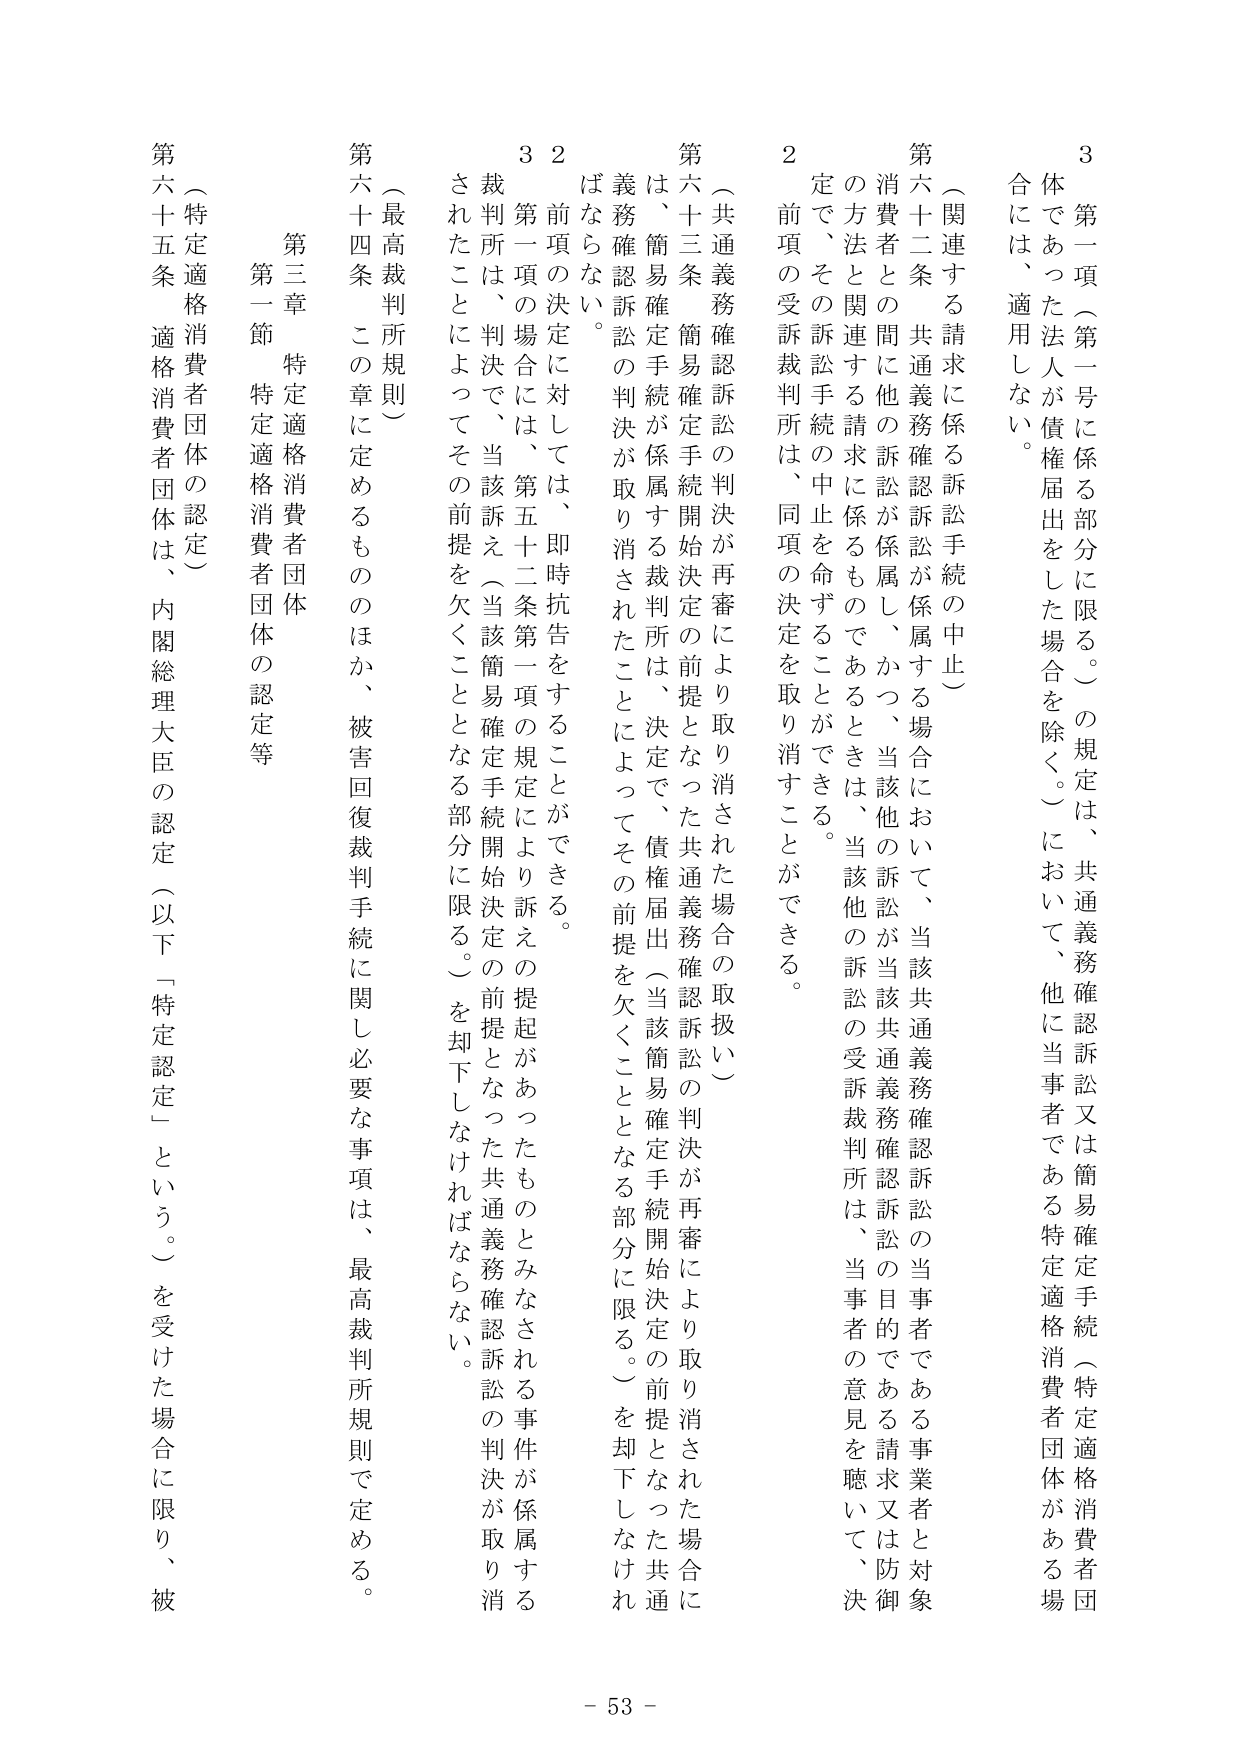
3
第一項（第一号に係る部分に限る。）の規定は、共通義務確認訴訟又は簡易確定手続（特定適格消費者団体であつた法人が債権届出をした場合を除く。）において、他に当事者である特定適格消費者団体には、適用しない。

（関連する請求に係る訴訟手続の中止）
第六十二条 共通義務確認訴訟が係属し、かつ、当該他 の訴訟が当該共通義務確認訴訟の当事者である事業者と対象消費者との間に他の訴訟が係属している場合において、当該共通義務確認訴訟の目的である請求又は防御の方法と関連する請求に係るものであるときは、当該他の訴訟の受訴裁判所は、当事者の意見を聴いて、決定で、その訴訟手続の中止を命ずることができる。
2 前項の受訴裁判所は、同項の決定を取り消すことができる。

（共通義務確認訴訟の判決が再審により取り消された場合の取扱い）
第六十三条 簡易確定手続開始決定の前提となった共通義務確認訴訟の判決が再審により取り消された場合に は、簡易確定手続が係属する裁判所は、決定で、債権届出（当該簡易確定手続開始決定の前提となった共通義務確認訴訟の判決が取り消されたことによってその前提を欠くこととなる部分に限る。）を却下しなければならない。
2 前項の決定に対しては、即時抗告をすることができる。
3 第一項の場合には、第五十二条第一項の規定により訴えの提起があったものとみなされる事件が係属する裁判所は、判決で、当該訴え（当該簡易確定手続開始決定の前提となった共通義務確認訴訟の判決が取り消されたことによってその前提を欠くこととなる部分に限る。）を却下しなければならない。

（最高裁判所規則）
第六十四条 この章に定めるもののほか、被害回復裁判手続に関し必要な事項は、最高裁判所規則で定める。

第三章 特定適格消費者団体
第一節 特定適格消費者団体の認定等

（特定適格消費者団体の認定）
第六十五条 適格消費者団体は、内閣総理大臣の認定（以下「特定認定」という。）を受けた場合に限り、被

- 53 -